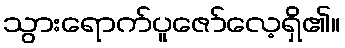
သွားရောက်ပူဇော်လေ့ရှိ၏။